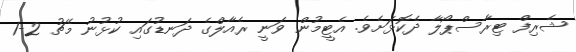
ޝެރިފް ޓިރާސްޕޯލާ ދެކޮޅަށެވެ. އެޓީމުން ވަނީ ރެއާލްގެ ދަނޑުގައި ކުޅުނު މެޗު 2-1